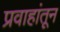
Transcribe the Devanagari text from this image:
प्रवाहांतून